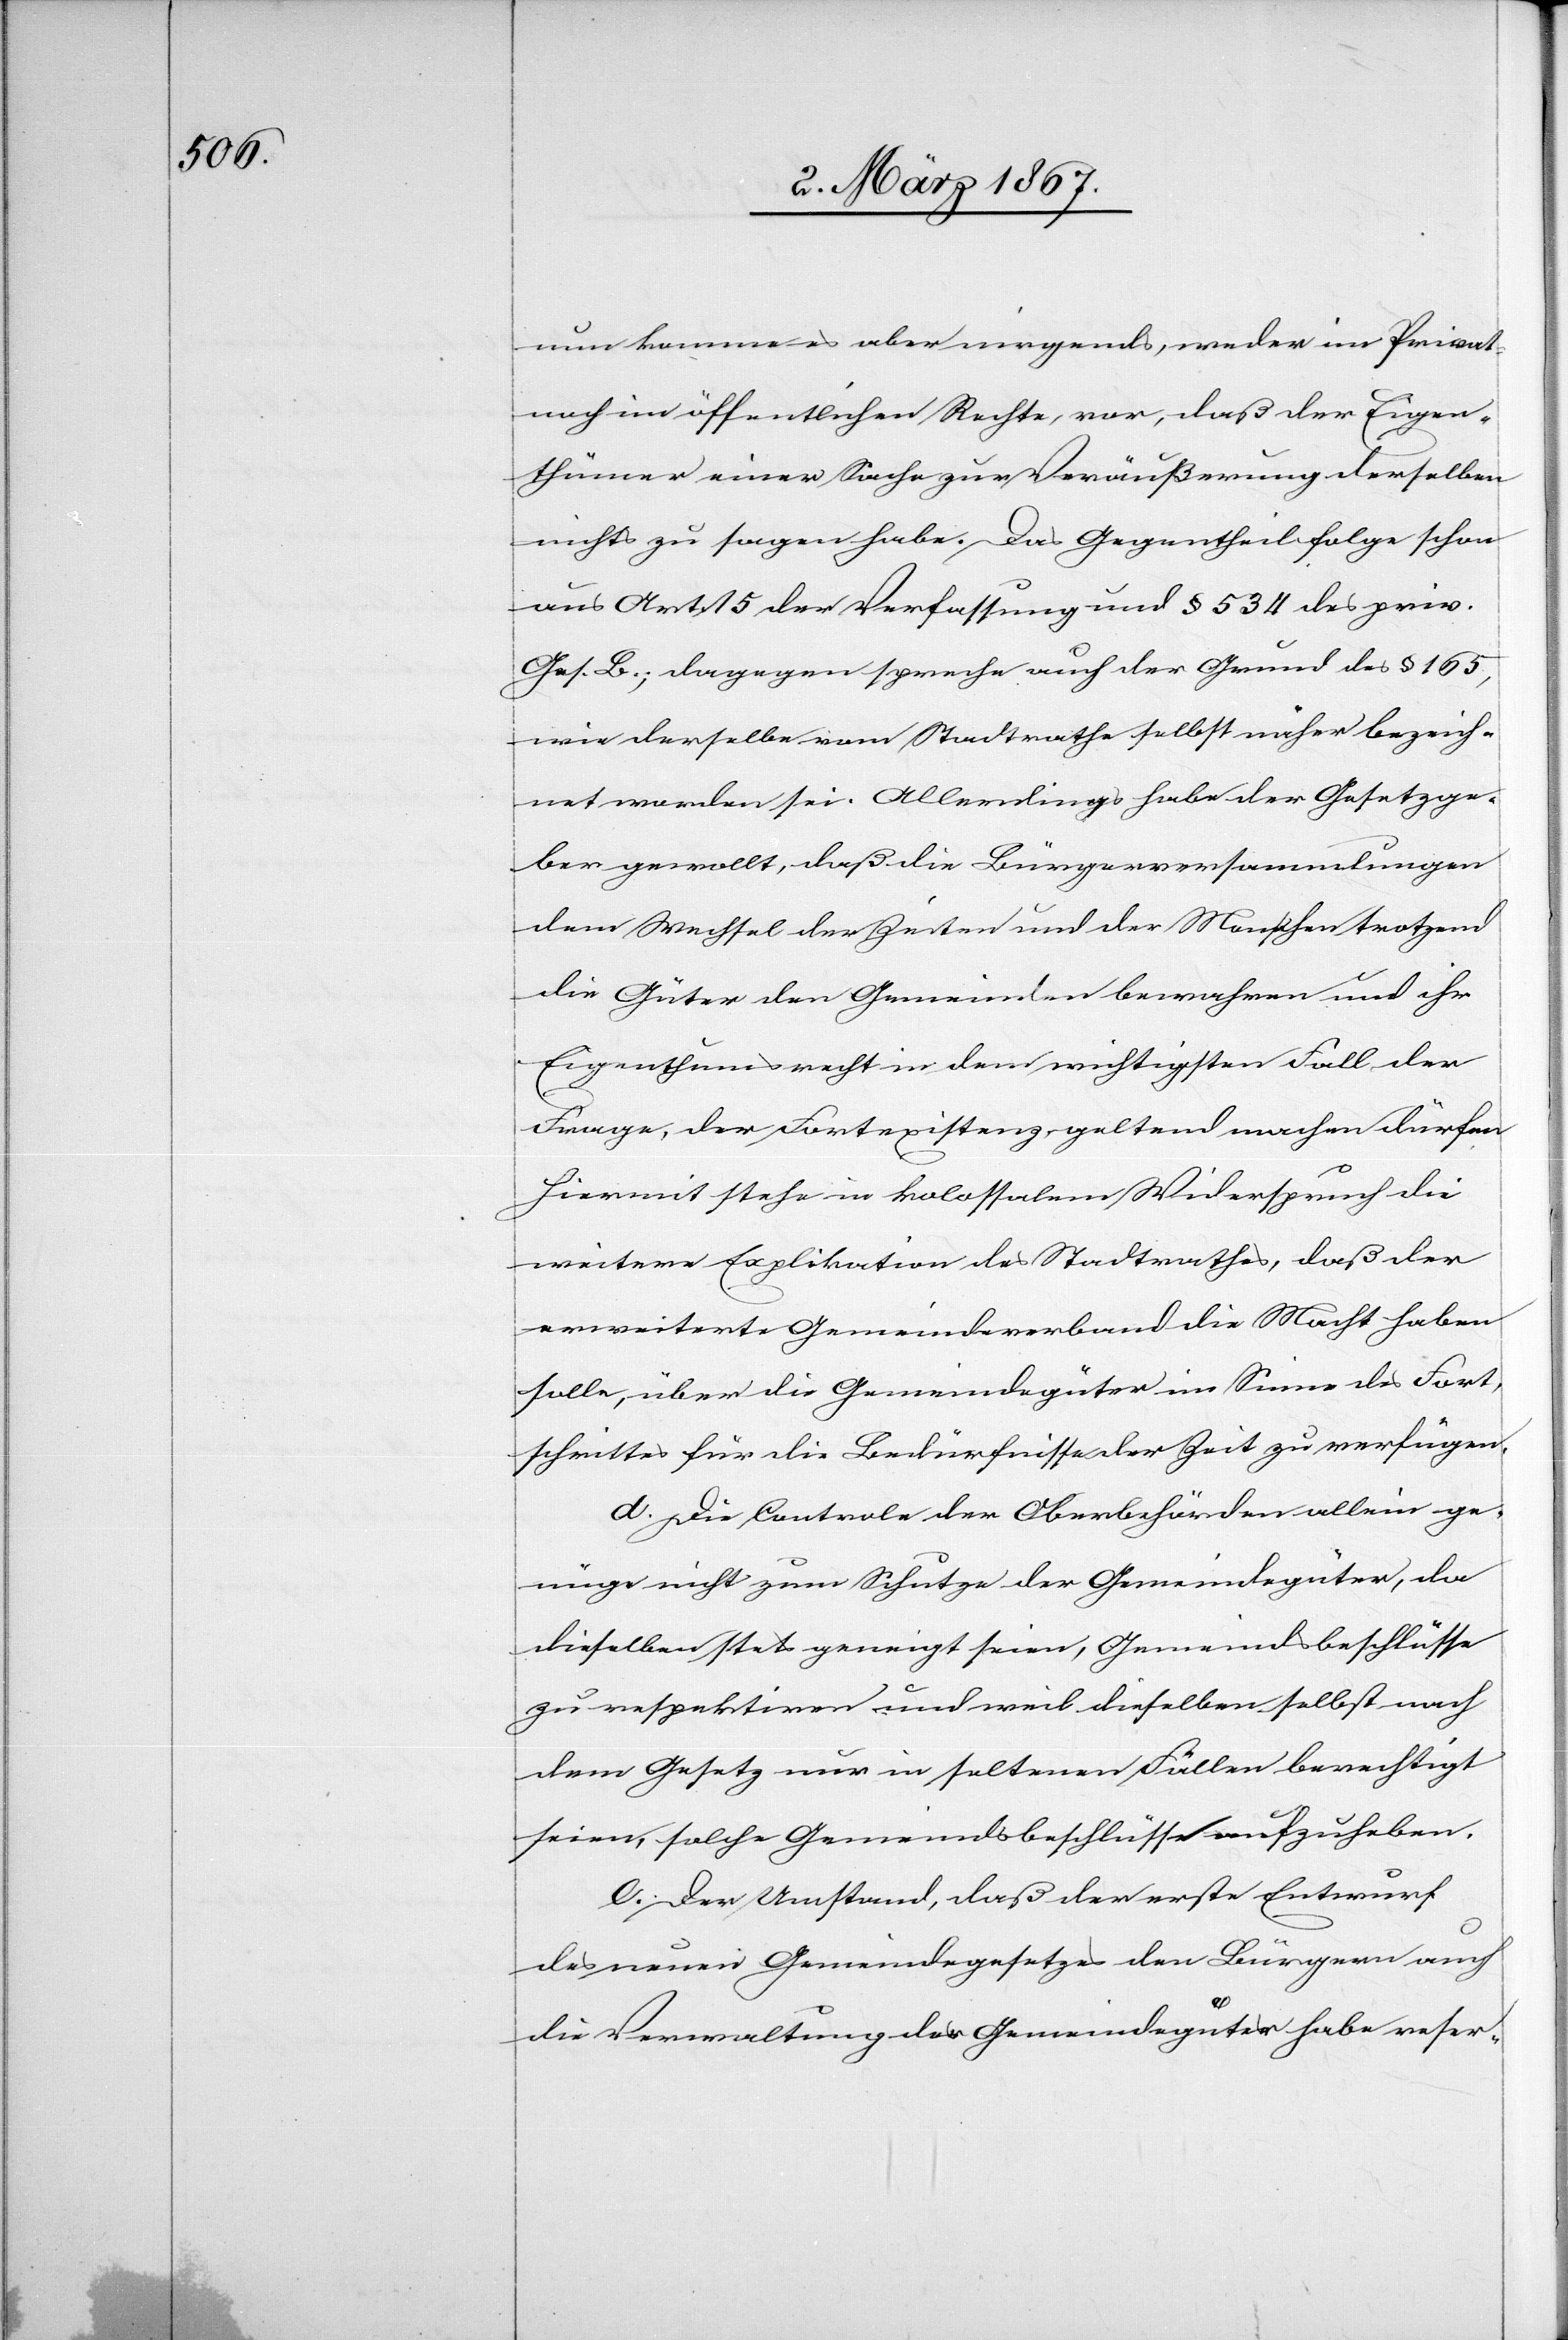
nun komme es aber nirgends, weder im Privat-
noch im öffentlichen Rechte, vor, daß der Eigen¬
thümer einer Sache zur Veräußerung derselben
nichts zu sagen habe. Das Gegentheil folge schon
aus Art. 15 der Verfassung und § 534 des priv.
Ges. B.; dagegen spreche auch der Grund des § 165,
wie derselbe vom Stadtrathe selbst näher bezeich¬
net worden sei. Allerdings habe der Gesetzge¬
ber gewollt, daß die Bürgerversammlungen
dem Wechsel der Zeiten und der Menschen trotzend
die Güter den Gemeinden bewahren und ihr
Eigenthumsrecht in dem wichtigen Fall der
Frage, der Fortexistenz, geltend machen dürfen.
Hiermit stehe in kolossalem Widerspruch die
weitere Explikation des Stadtrathes, daß der
erweiterte Gemeindeverband die Macht haben
solle, über die Gemeindegüter im Sinne des Fort¬
schrittes für die Bedürfnisse der Zeit zu verfügen.
d. Die Controle der Oberbehörden allein ge¬
nüge nicht zum Schutze der Gemeindegüter, da
dieselben stets geneigt seien, Gemeindsbeschlüsse
zu respektiren und weil dieselben selbst nach
dem Gesetz nur in seltenen Fällen berechtigt
seien, solche Gemeindsbeschlüsse aufzuheben.
e. Der Umstand, daß der erste Entwurf
des neuen Gemeindegesetzes den Bürgern auch
die Verwaltung der Gemeindegüter habe reser-